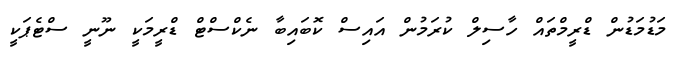
މަޑުމަޑުން ޑްރީމްތައް ހާސިލް ކުރަމުން އައިސް ކޮބައިބާ ނެކްސްޓް ޑްރީމަކީ ނޫނީ ސްޓެޕަކީ